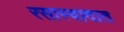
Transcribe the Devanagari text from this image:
रसास्वादात